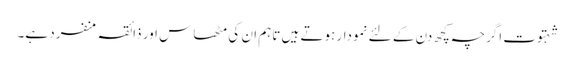
شہتوت اگرچہ کچھ دن کے لئے نمودار ہوتے ہیں تاہم ان کی مٹھاس اور ذائقہ منفرد ہے۔